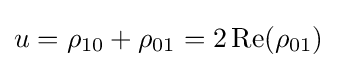
u=\rho _{10}+\rho _{01}=2\operatorname {Re} (\rho _{01})